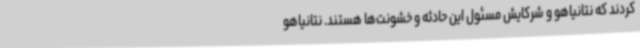
کردند که نتانیاهو و شرکایش مسئول این حادثه و خشونت‌ها هستند. نتانیاهو